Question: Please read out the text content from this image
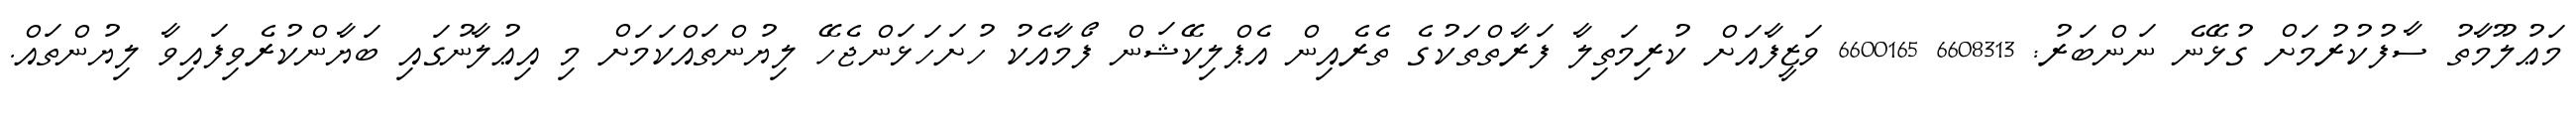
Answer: މަޢުލޫމާތު ސާފުކުރުމަށް ގުޅޭނެ ނަންބަރު: 6608313 6600165 ވަޒީފާއަށް ކުރިމަތިލާ ފަރާތްތަކުގެ ތެރެއިން އެޕްލިކޭޝަން ފޯމާއެކު ހުށަހަޅަންޖެހޭ ލިޔުންތައްކަމަށް މި އިޢުލާނުގައި ބަޔާންކުރެވިފައިވާ ލިޔުންތައް.